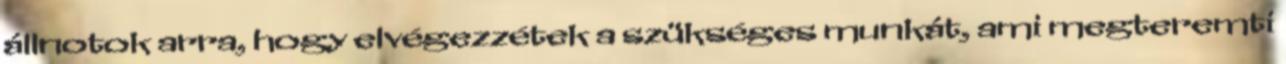
állnotok arra, hogy elvégezzétek a szükséges munkát, ami megteremti